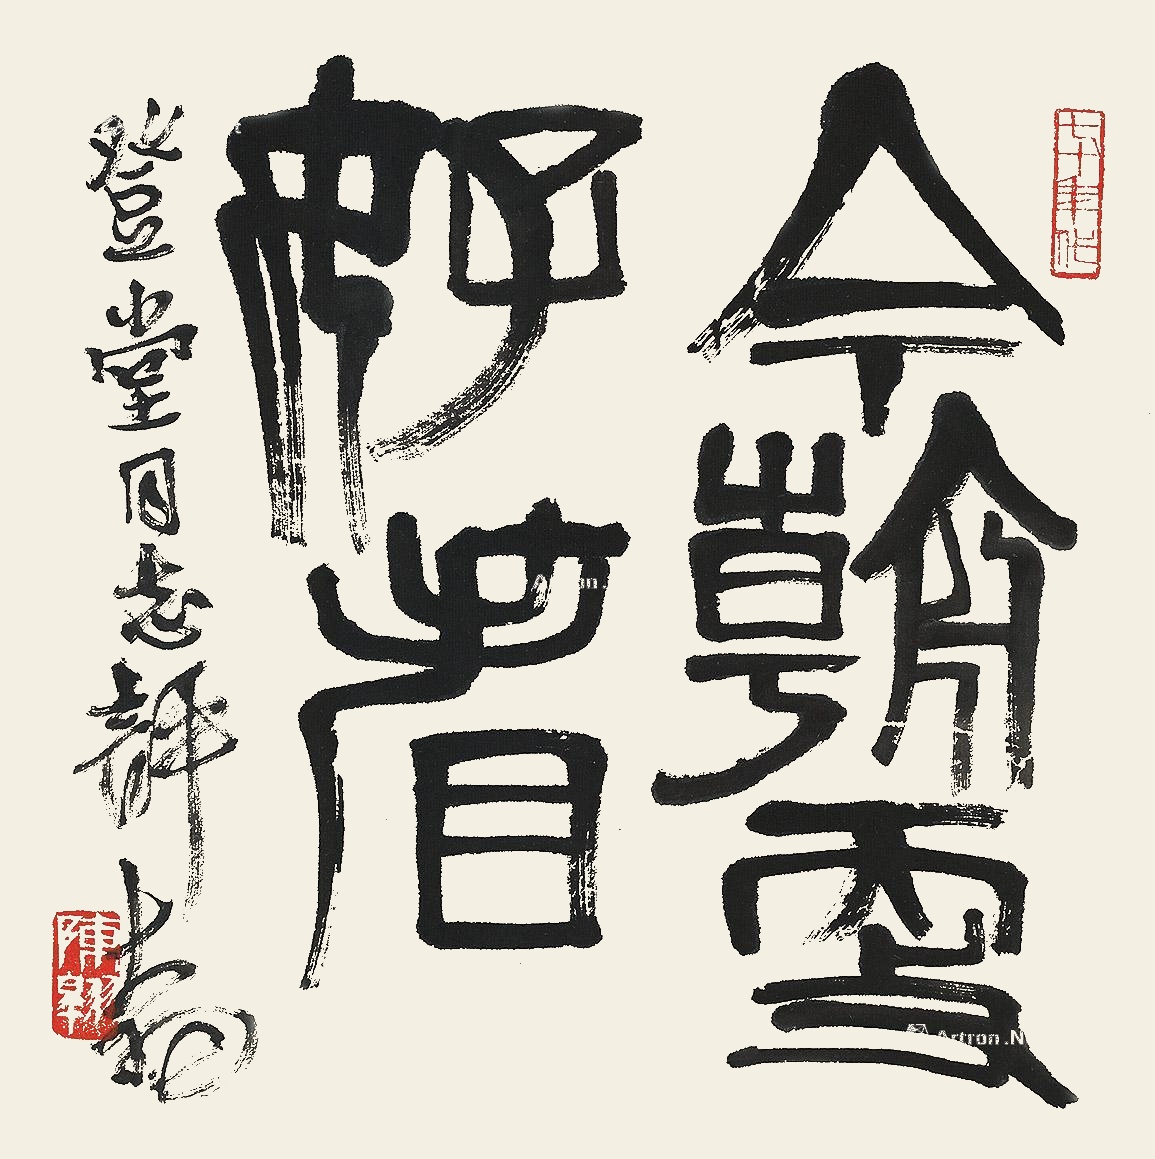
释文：今朝更好看登堂同志评，大羽。